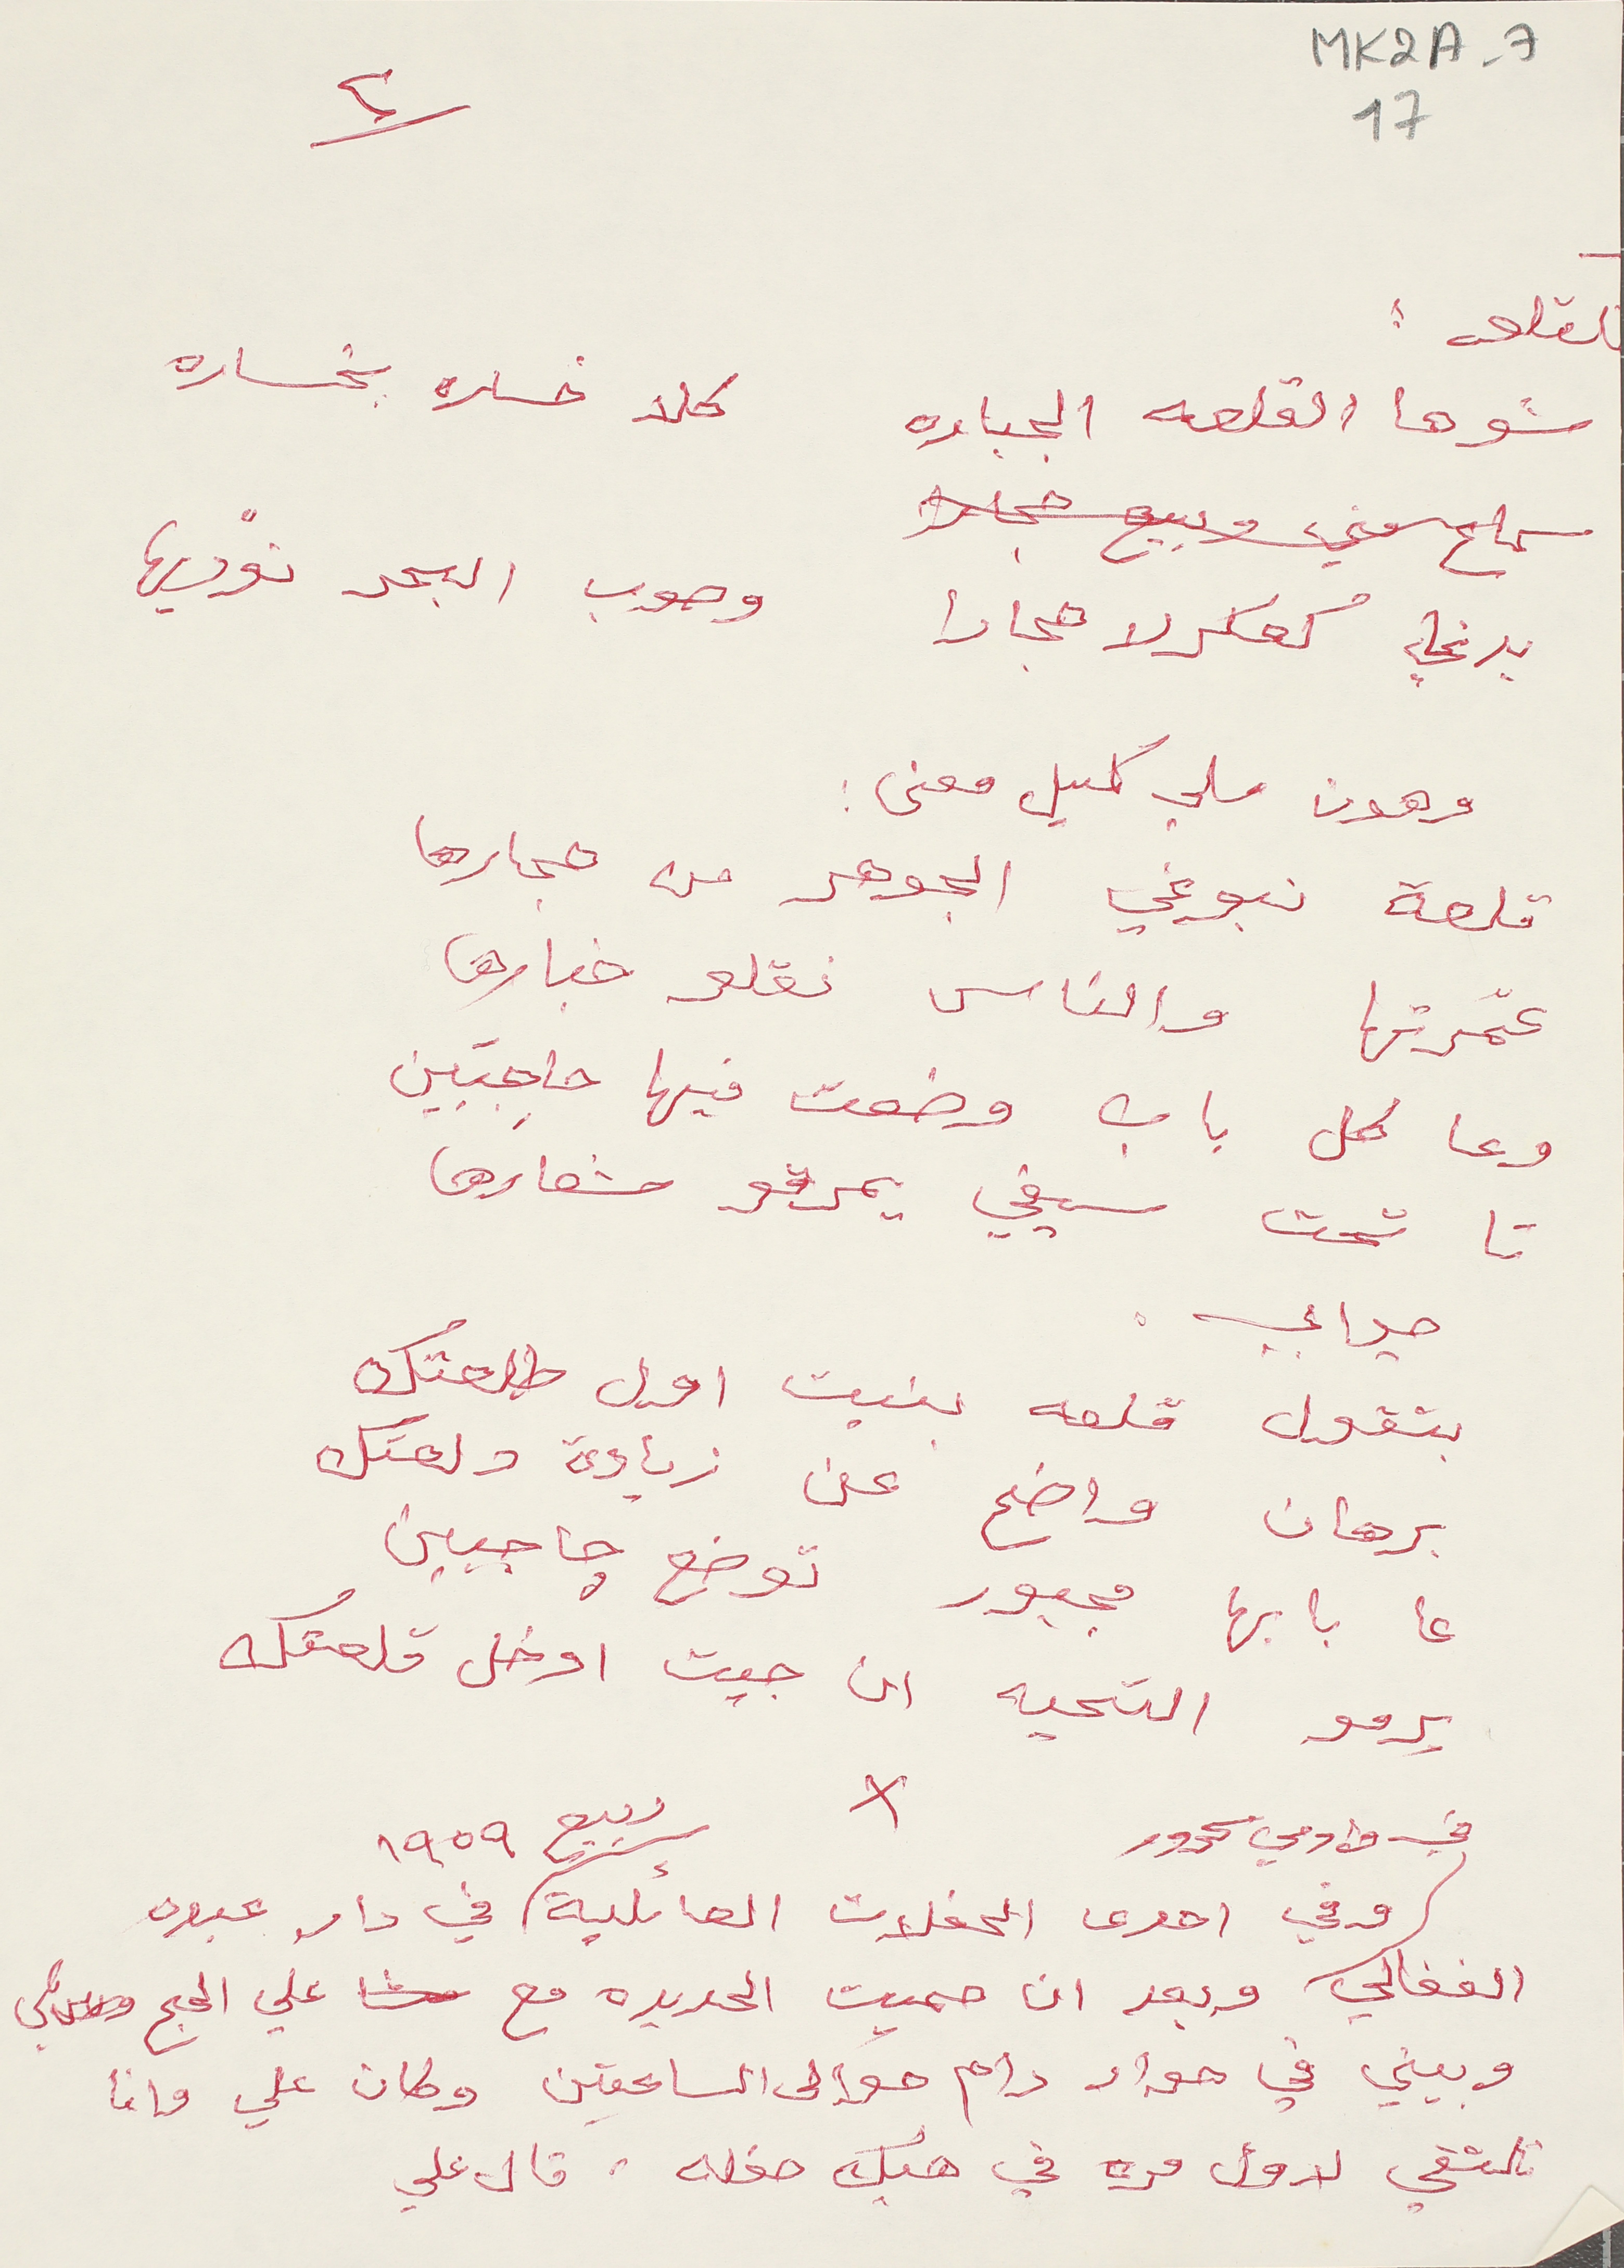
MK2A-7 17
٢
القلعه:
شوها القلعه الجباره كلا خساره بخساره
سماع مني وبيع حجار
بدي كعكرلا حجارا  وصوب البحر نوديها
وهون ملي كميل معنى:
قلعة نبوغي الجوهر من حجارها
عمّرتها والناس نقلو خبارها
وعا كل باب وضعت فيها حاجبَين
تا تحت سيفي يمرقو شعارها
جوابي.
بتقول قلعه بنيت اول طلعتك
برهان واضح عن زيادة دلعتك
عا بابها مجبور توضع جاجبين
يرمو التحيه ان جيت ادخل قلعتك
في وادي سحرور
وفي احدى الحفلات العائلية ربيع ١٩٥٩ في دار عبود
الفغالي وبعد ان حميت الحديده مع  علي الحج قلي
وبيني في حوار دام حوالى الساعتين وكان علي وانا
نلتقي لاول مره في هيك حفله .قال علي